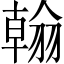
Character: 翰